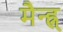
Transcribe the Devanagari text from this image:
मैन्ह्न्